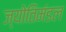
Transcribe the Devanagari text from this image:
ज्योतिमंडल